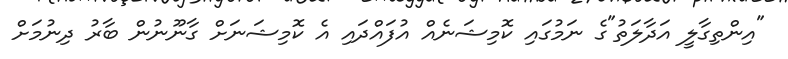
"އިންތިގާލީ އަދާލަތު"ގެ ނަމުގައި ކޮމިޝަނެއް އުފައްދައި އެ ކޮމިޝަނަށް ގާނޫނުން ބާރު ދިނުމަށް